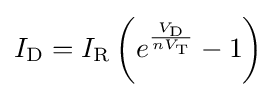
I_{\text{D}}=I_{\text{R}}\left(e^{\frac {V_{\text{D}}}{nV_{\text{T}}}}-1\right)